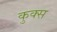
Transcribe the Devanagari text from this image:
कुक्स